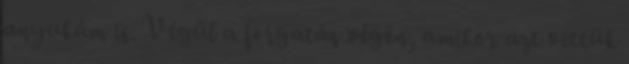
anyukám is. Végül a forgatás végén, amikor azt vettük